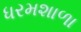
ધરમશાળા